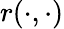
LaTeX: r(\cdot,\cdot)